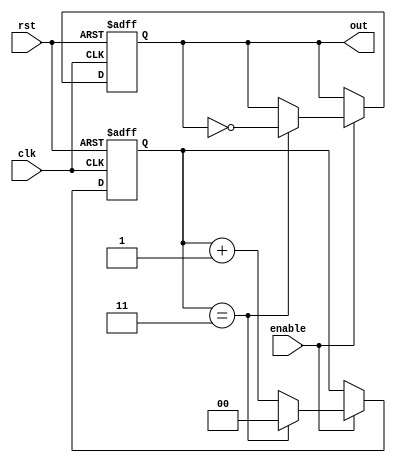
module divide_by_n_counter #(parameter N = 4) (
    input wire clk,          // Clock input
    input wire rst,          // Reset input
    input wire enable,       // Enable input
    output reg out          // Output signal that toggles every N counts
);

    // Counter variable
    reg [clog2(N)-1:0] count; // Counter state (enough bits to represent N)

    // Function to calculate log2 of a number
    function integer clog2(input integer value);
        begin
            value = value - 1;
            for (clog2 = 0; value > 0; clog2 = clog2 + 1)
                value = value >> 1;
        end
    endfunction

    // Sequential logic: Counter and output generation
    always @(posedge clk or posedge rst) begin
        if (rst) begin
            count <= 0;   // Reset counter to zero
            out <= 0;     // Reset output
        end else if (enable) begin
            if (count == N - 1) begin
                count <= 0; // Reset count when it reaches N
                out <= ~out; // Toggle output
            end else begin
                count <= count + 1; // Increment counter
            end
        end
    end

endmodule